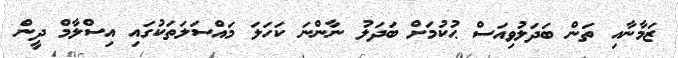
ޒަމާނާއި ތަން ބަދަލުވިއަސް ޙުކުމަށް ބަދަލު ނާންނަ ކަހަލަ މައްސަލަތަކުގައި އިސްލާމް ދީން